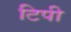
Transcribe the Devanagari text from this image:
टिपी